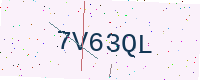
Text: 7V63QL